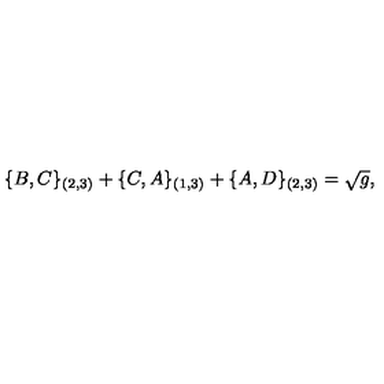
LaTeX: \{ B , C \} _ { ( 2 , 3 ) } + \{ C , A \} _ { ( 1 , 3 ) } + \{ A , D \} _ { ( 2 , 3 ) } = \sqrt { g } ,